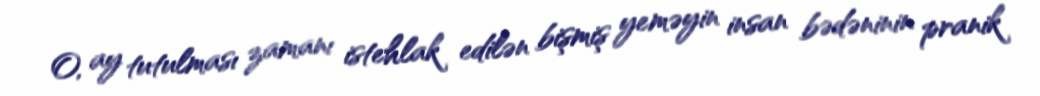
O, ay tutulması zamanı istehlak edilən bişmiş yeməyin insan bədəninin pranik